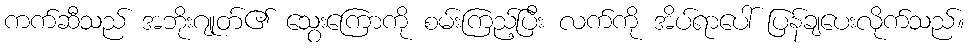
ကက်ဆီသည် အဘိုးဂျုတ်၏ သွေးကြောကို စမ်းကြည့်ပြီး လက်ကို အိပ်ရာပေါ် ပြန်ချပေးလိုက်သည်။